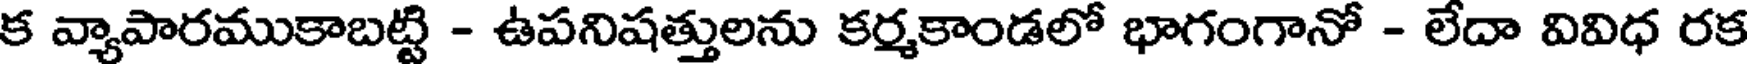
క వ్యాపారముకాబట్టి - ఉపనిషత్తులను కర్మకాండలో భాగంగానో - లేదా వివిధ రక